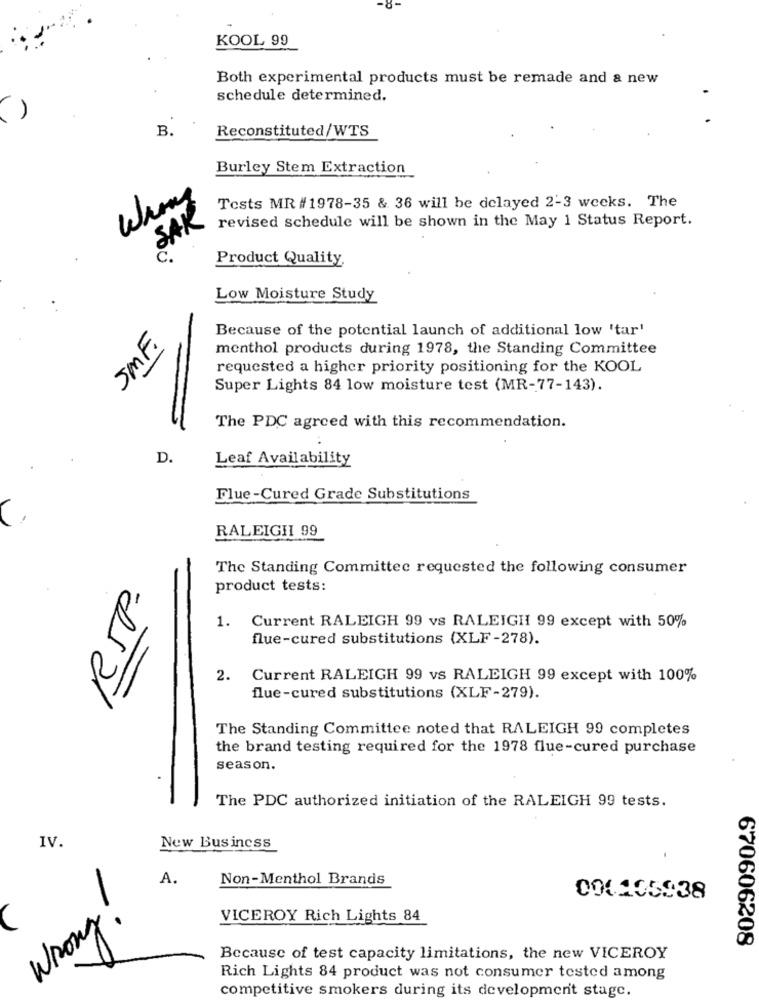
KOOL 99
Both experimental products must be remade and & new
schedule determined.
B
Reconstituted/WTS
Burley Stem Extraction
Tests MR #1978-35 & 36 will be delayed 2-3 weeks. The
SAK
revised schedule will be shown in the May 1 Status Report.
Product Quality
Low Moisture Study
Because of the potential launch of additional low 'tar'
JMF.
menthol products during 1978, the Standing Committee
requested a higher priority positioning for the KOOL
Super Lights 84 low moisture test (MR-77-143).
The PDC agreed with this recommendation.
D.
Leaf Availability
Flue-Cured Grade Substitutions
RALEIGH 99
The Standing Committee requested the following consumer
RSP.
product tests:
1. Current RALEIGH 99 vs RALEIGH 99 except with 50%
flue-cured substitutions (XLF-278).
2. Current RALEIGH 99 vs RALEIGH 99 except with 100%
flue-cured substitutions (XLF-279).
The Standing Committee noted that RALEIGH 99 completes
the brand testing required for the 1978 flue-cured purchase
season.
The PDC authorized initiation of the RALEIGH 99 tests.
IV.
New Business
A.
Non-Menthol Brands
001.105938
C
VICEROY Rich Lights 84
Wrong
670606208
Because of test capacity limitations, the new VICEROY
Rich Lights 84 product was not consumer tested among
competitive smokers during its development stage.